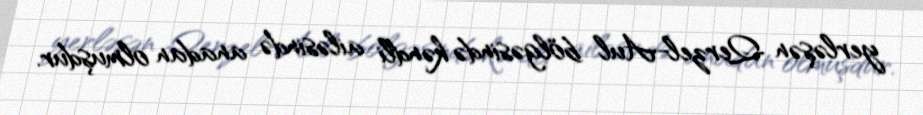
yerləşən Qerzel-Aul bölgəsində kəndli ailəsində anadan olmuşdur.